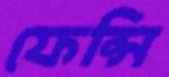
ফেন্সি